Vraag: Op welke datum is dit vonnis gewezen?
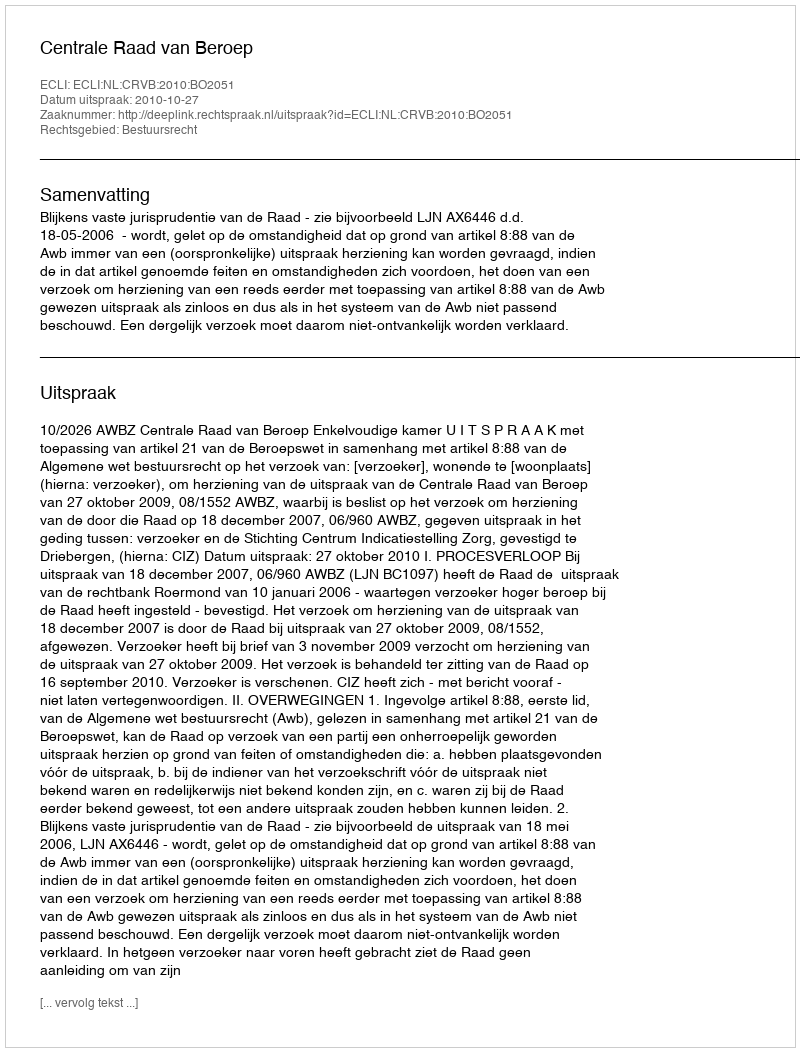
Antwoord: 2010-10-27